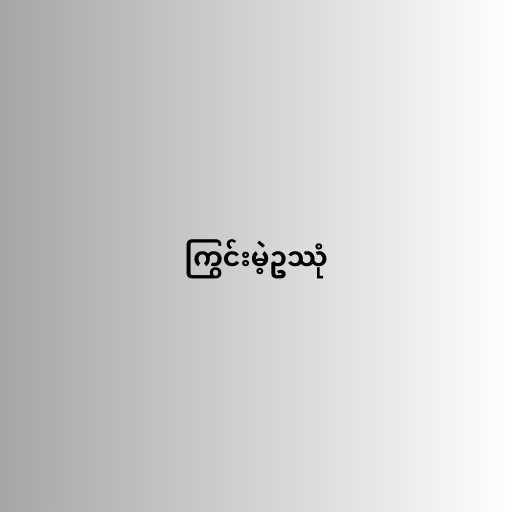
ကြွင်းမဲ့ဥဿုံ